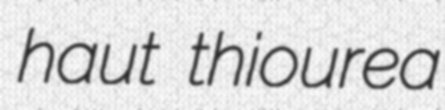
haut thiourea